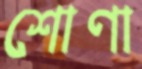
শোণা